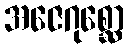
အဇေဂုစ္ဆော